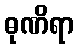
ဓုဏိရာ